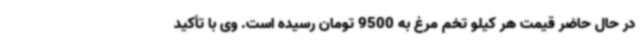
در حال حاضر قیمت هر کیلو تخم مرغ به 9500 تومان رسیده است. وی با تأکید